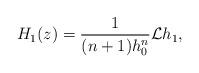
LaTeX: \begin{align*}H_1(z)=\frac{1}{(n+1)h_0^n} \mathcal{L} h_1,\end{align*}